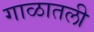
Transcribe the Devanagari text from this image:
गाळातली